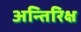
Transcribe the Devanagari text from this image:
अन्तिरिक्ष